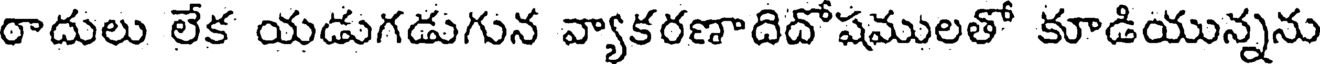
రాదులు లేక యడుగడుగున వ్యాకరణాదిదోషములతో కూడియున్నను